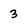
Character: 3